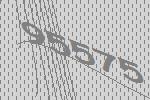
95575